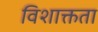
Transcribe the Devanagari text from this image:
विशाक्तता